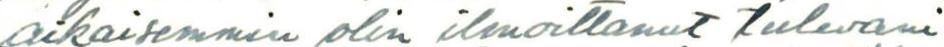
aikaisemmin olin ilmoittanut tulevani